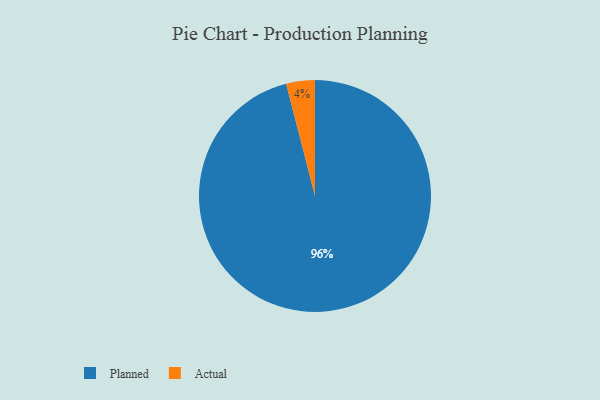
{"axis": {"x": "Category", "y": "Percentage"}, "legend": ["Actual", "Planned"], "data": [{"x": "Planned", "y": 96, "type": "Planned"}, {"x": "Actual", "y": 4, "type": "Actual"}]}